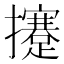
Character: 攓